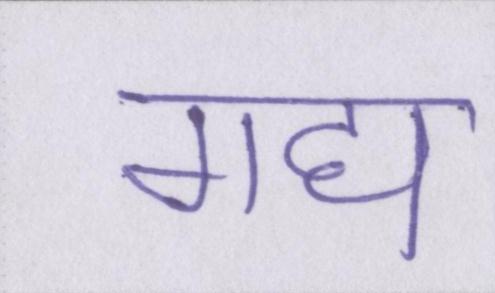
गद्य